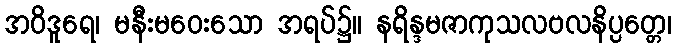
အဝိဒူရေ၊ မနီးမဝေးသော အရပ်၌။ နရိန္ဒမဇာကုသလဗလနိပ္ပတ္တေ၊